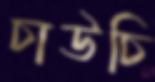
চাউচি